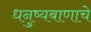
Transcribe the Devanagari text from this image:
धनुष्यबाणाचे